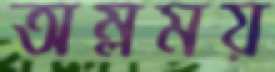
অম্লময়